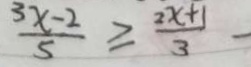
\frac { 3 x - 2 } { 5 } \geq \frac { 2 x + 1 } { 3 } -